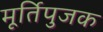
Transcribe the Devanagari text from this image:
मूर्तिपुजक